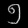
Digit: ၅